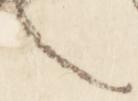
也